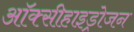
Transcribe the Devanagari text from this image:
ऑक्सीहाइड्रोजन